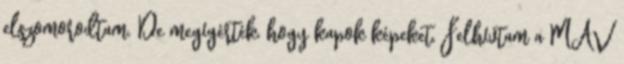
elszomorodtam. De megígérték, hogy kapok képeket. Felhívtam a MÁV